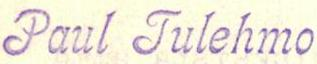
Paul Tulehmo